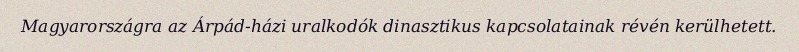
Magyarországra az Árpád-házi uralkodók dinasztikus kapcsolatainak révén kerülhetett.